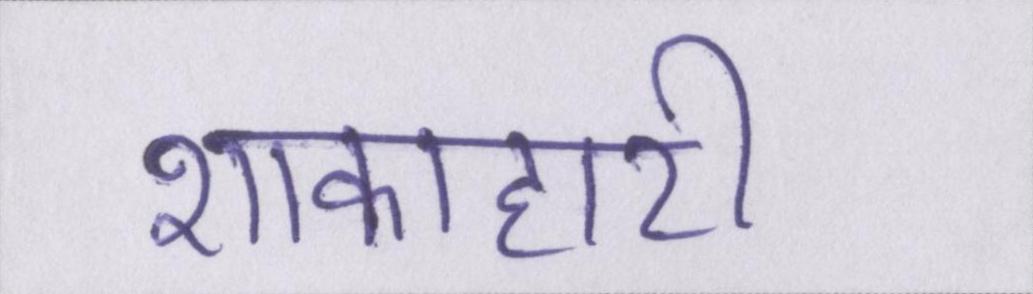
शाकाहारी